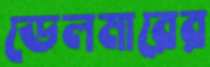
ডেলমারের